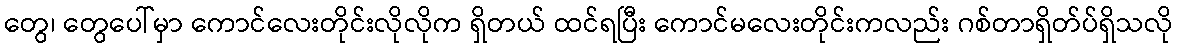
တွေ၊ တွေပေါ်မှာ ကောင်လေးတိုင်းလိုလိုက ရှိတယ် ထင်ရပြီး ကောင်မလေးတိုင်းကလည်း ဂစ်တာရှိတ်ပ်ရှိသလို